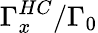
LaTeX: \Gamma_{x}^{HC}/\Gamma_{0}